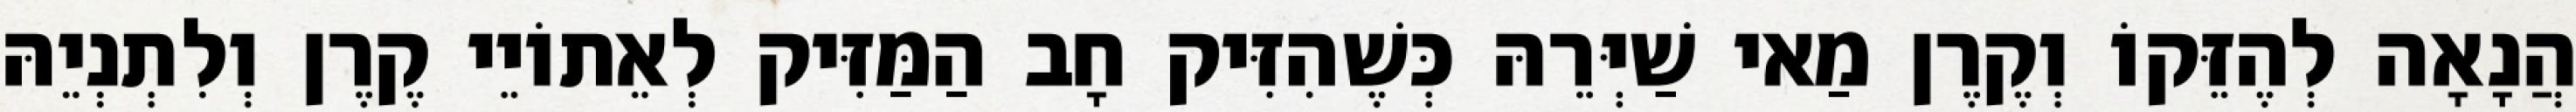
הֲנָאָה לְהֶזֵּקוֹ וְקֶרֶן מַאי שַׁיְּרֵהּ כְּשֶׁהִזִּיק חָב הַמַּזִּיק לְאֵתוֹיֵי קֶרֶן וְלִתְנְיֵהּ